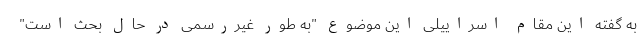
به گفته این مقام اسراییلی این موضوع "به طور غیررسمی در حال بحث است"